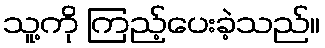
သူ့ကို ကြည့်ပေးခဲ့သည်။